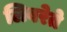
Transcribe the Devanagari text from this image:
लिबरेते